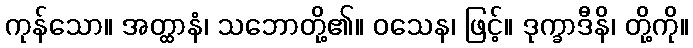
ကုန်သော။ အတ္ထာနံ၊ သဘောတို့၏။ ဝသေန၊ ဖြင့်။ ဒုက္ခာဒီနိ၊ တို့ကို။